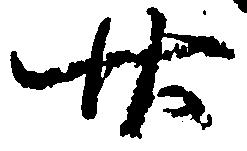
廿